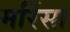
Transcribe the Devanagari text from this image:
मर्रिसा